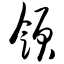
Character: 领